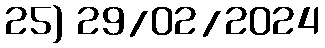
25) 29/02/2024